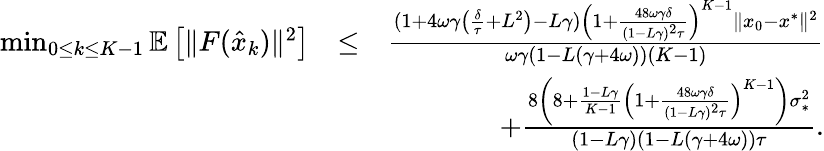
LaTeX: \begin{array}{rlr}{\operatorname*{min}_{0\leq k\leq K-1}\mathbb{E}\left[\| F(\hat{x}_{k})\| ^{2}\right]}&{\leq}&{\frac{(1+4\omega\gamma\left(\frac{\delta}{\tau}+L^{2}\right)-L\gamma)\left(1+\frac{48\omega\gamma\delta}{(1-L\gamma)^{2}\tau}\right)^{K-1}\| x_{0}-x^{*}\| ^{2}}{\omega\gamma(1-L(\gamma+4\omega))(K-1)}}\\ &{}&{\quad+\frac{8\left(8+\frac{1-L\gamma}{K-1}\left(1+\frac{48\omega\gamma\delta}{(1-L\gamma)^{2}\tau}\right)^{K-1}\right)\sigma_{*}^{2}}{(1-L\gamma)(1-L(\gamma+4\omega))\tau}.}\end{array}